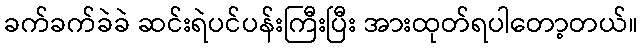
ခက်ခက်ခဲခဲ ဆင်းရဲပင်ပန်းကြီးပြီး အားထုတ်ရပါတော့တယ်။